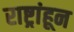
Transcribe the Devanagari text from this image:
राष्ट्रांहून